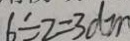
6 \div 2 = 3 d m